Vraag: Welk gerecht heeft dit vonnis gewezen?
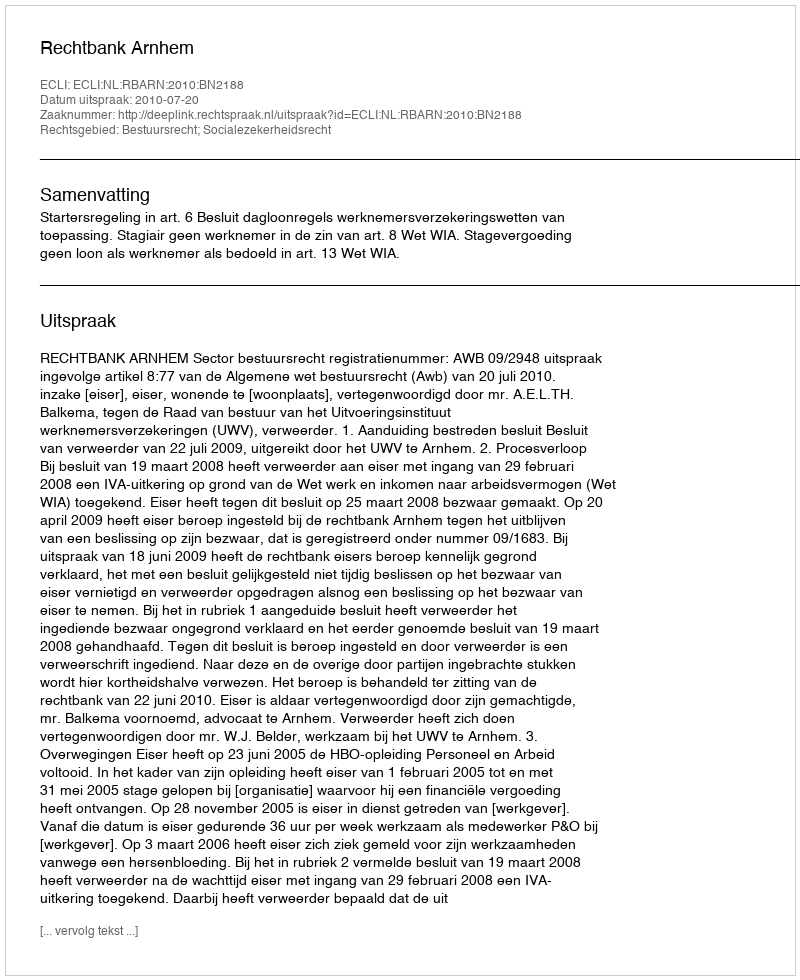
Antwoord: Rechtbank Arnhem